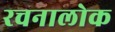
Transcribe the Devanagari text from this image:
रचनालोक